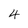
Character: 4